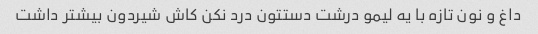
داغ و نون تازه با یه لیمو درشت دستتون درد نکن کاش شیردون بیشتر داشت